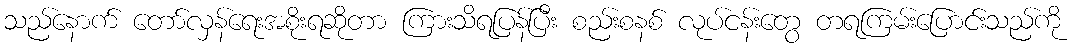
သည်နောက် တော်လှန်ရေးအစိုးရဆိုတာ ကြားသိရပြန်ပြီး စည်းစနစ် လုပ်ငန်းတွေ တရကြမ်းပြောင်းသည်ကို